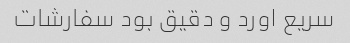
سریع اورد و دقیق بود سفارشات